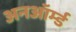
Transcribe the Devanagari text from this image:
अनऑर्म्ड